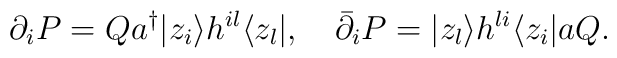
\partial_{i}P=Q a^{\dagger} |z_{i}\rangle h^{il} \langle z_{l}|,\quad  \bar{\partial}_{i}P=|z_{l}\rangle  h^{li} \langle z_{i}|a Q.